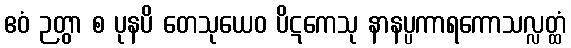
ဧဝံ ဉတွာ စ ပုနပိ တေသုယေဝ ပိဋကေသု နာနပ္ပကာရကောသလ္လတ္ထံ